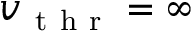
v _ { \mathrm { ~ t ~ h ~ r ~ } } = \infty